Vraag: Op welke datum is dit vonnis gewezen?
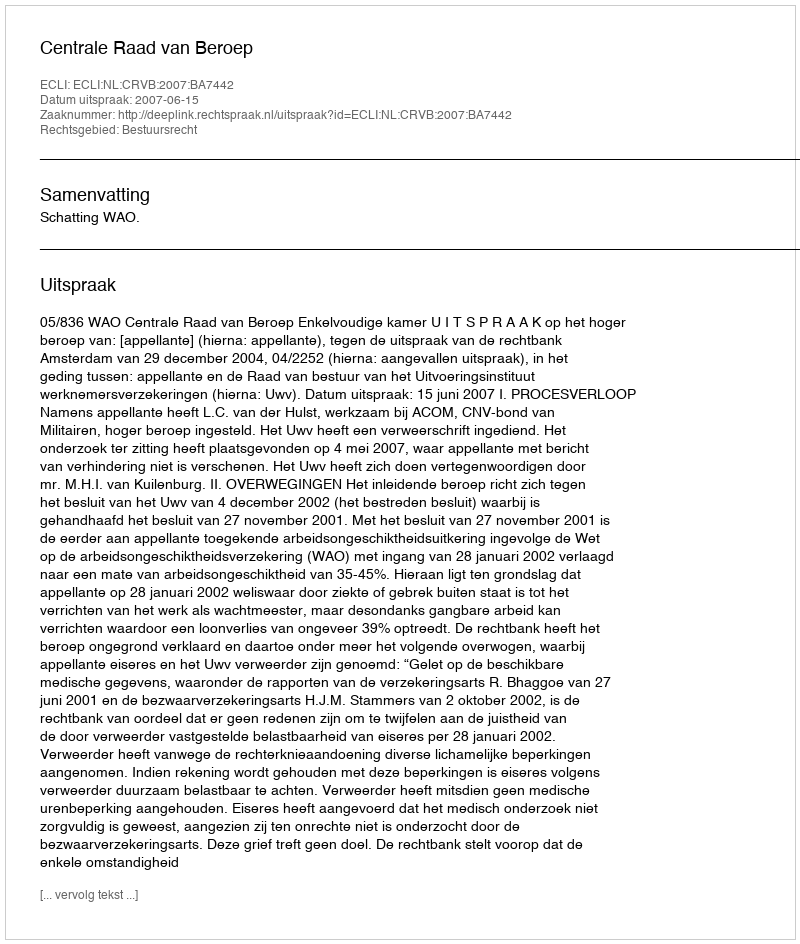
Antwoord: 2007-06-15